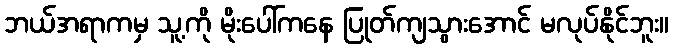
ဘယ်အရာကမှ သူ့ကို မိုးပေါ်ကနေ ပြုတ်ကျသွားအောင် မလုပ်နိုင်ဘူး။